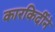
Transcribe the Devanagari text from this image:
कारकिर्दीने